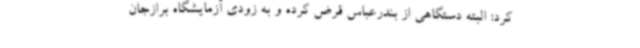
کرد: البته دستگاهی از بندرعباس قرض کرده و به زودی آزمایشگاه برازجان